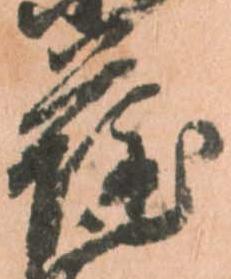
薩